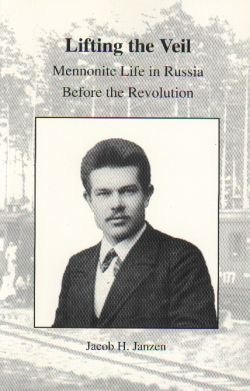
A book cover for Lifting the Veil: Mennonite Life in Russia Before the Revolution; Jacob H. Janzen; Christian Books & Bibles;